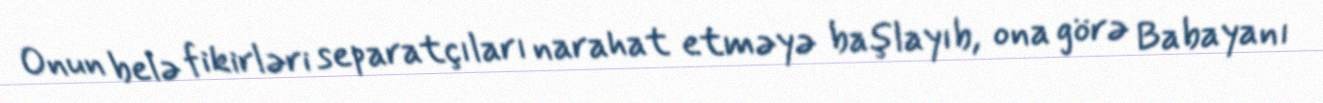
Onun belə fikirləri separatçıları narahat etməyə başlayıb, ona görə Babayanı